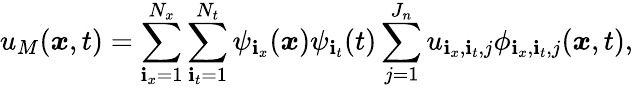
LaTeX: u_{M}(\boldsymbol{x},t)=\sum_{\mathbf{i}_{x}=1}^{N_{x}}\sum_{\mathbf{i}_{t}=1}^{N_{t}}\psi_{\mathbf{i}_{x}}(\boldsymbol{x})\psi_{\mathbf{i}_{t}}(t)\sum_{j=1}^{J_{n}}u_{\mathbf{i}_{x},\mathbf{i}_{t},j}\phi_{\mathbf{i}_{x},\mathbf{i}_{t},j}(\boldsymbol{x},t),